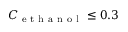
C _ { \mathrm { ~ e ~ t ~ h ~ a ~ n ~ o ~ l ~ } } \leq 0 . 3